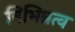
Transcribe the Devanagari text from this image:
विभिन्नत्व